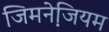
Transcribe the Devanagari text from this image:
जिमनेजि़यम